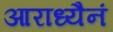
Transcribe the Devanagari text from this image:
आराध्यैनं